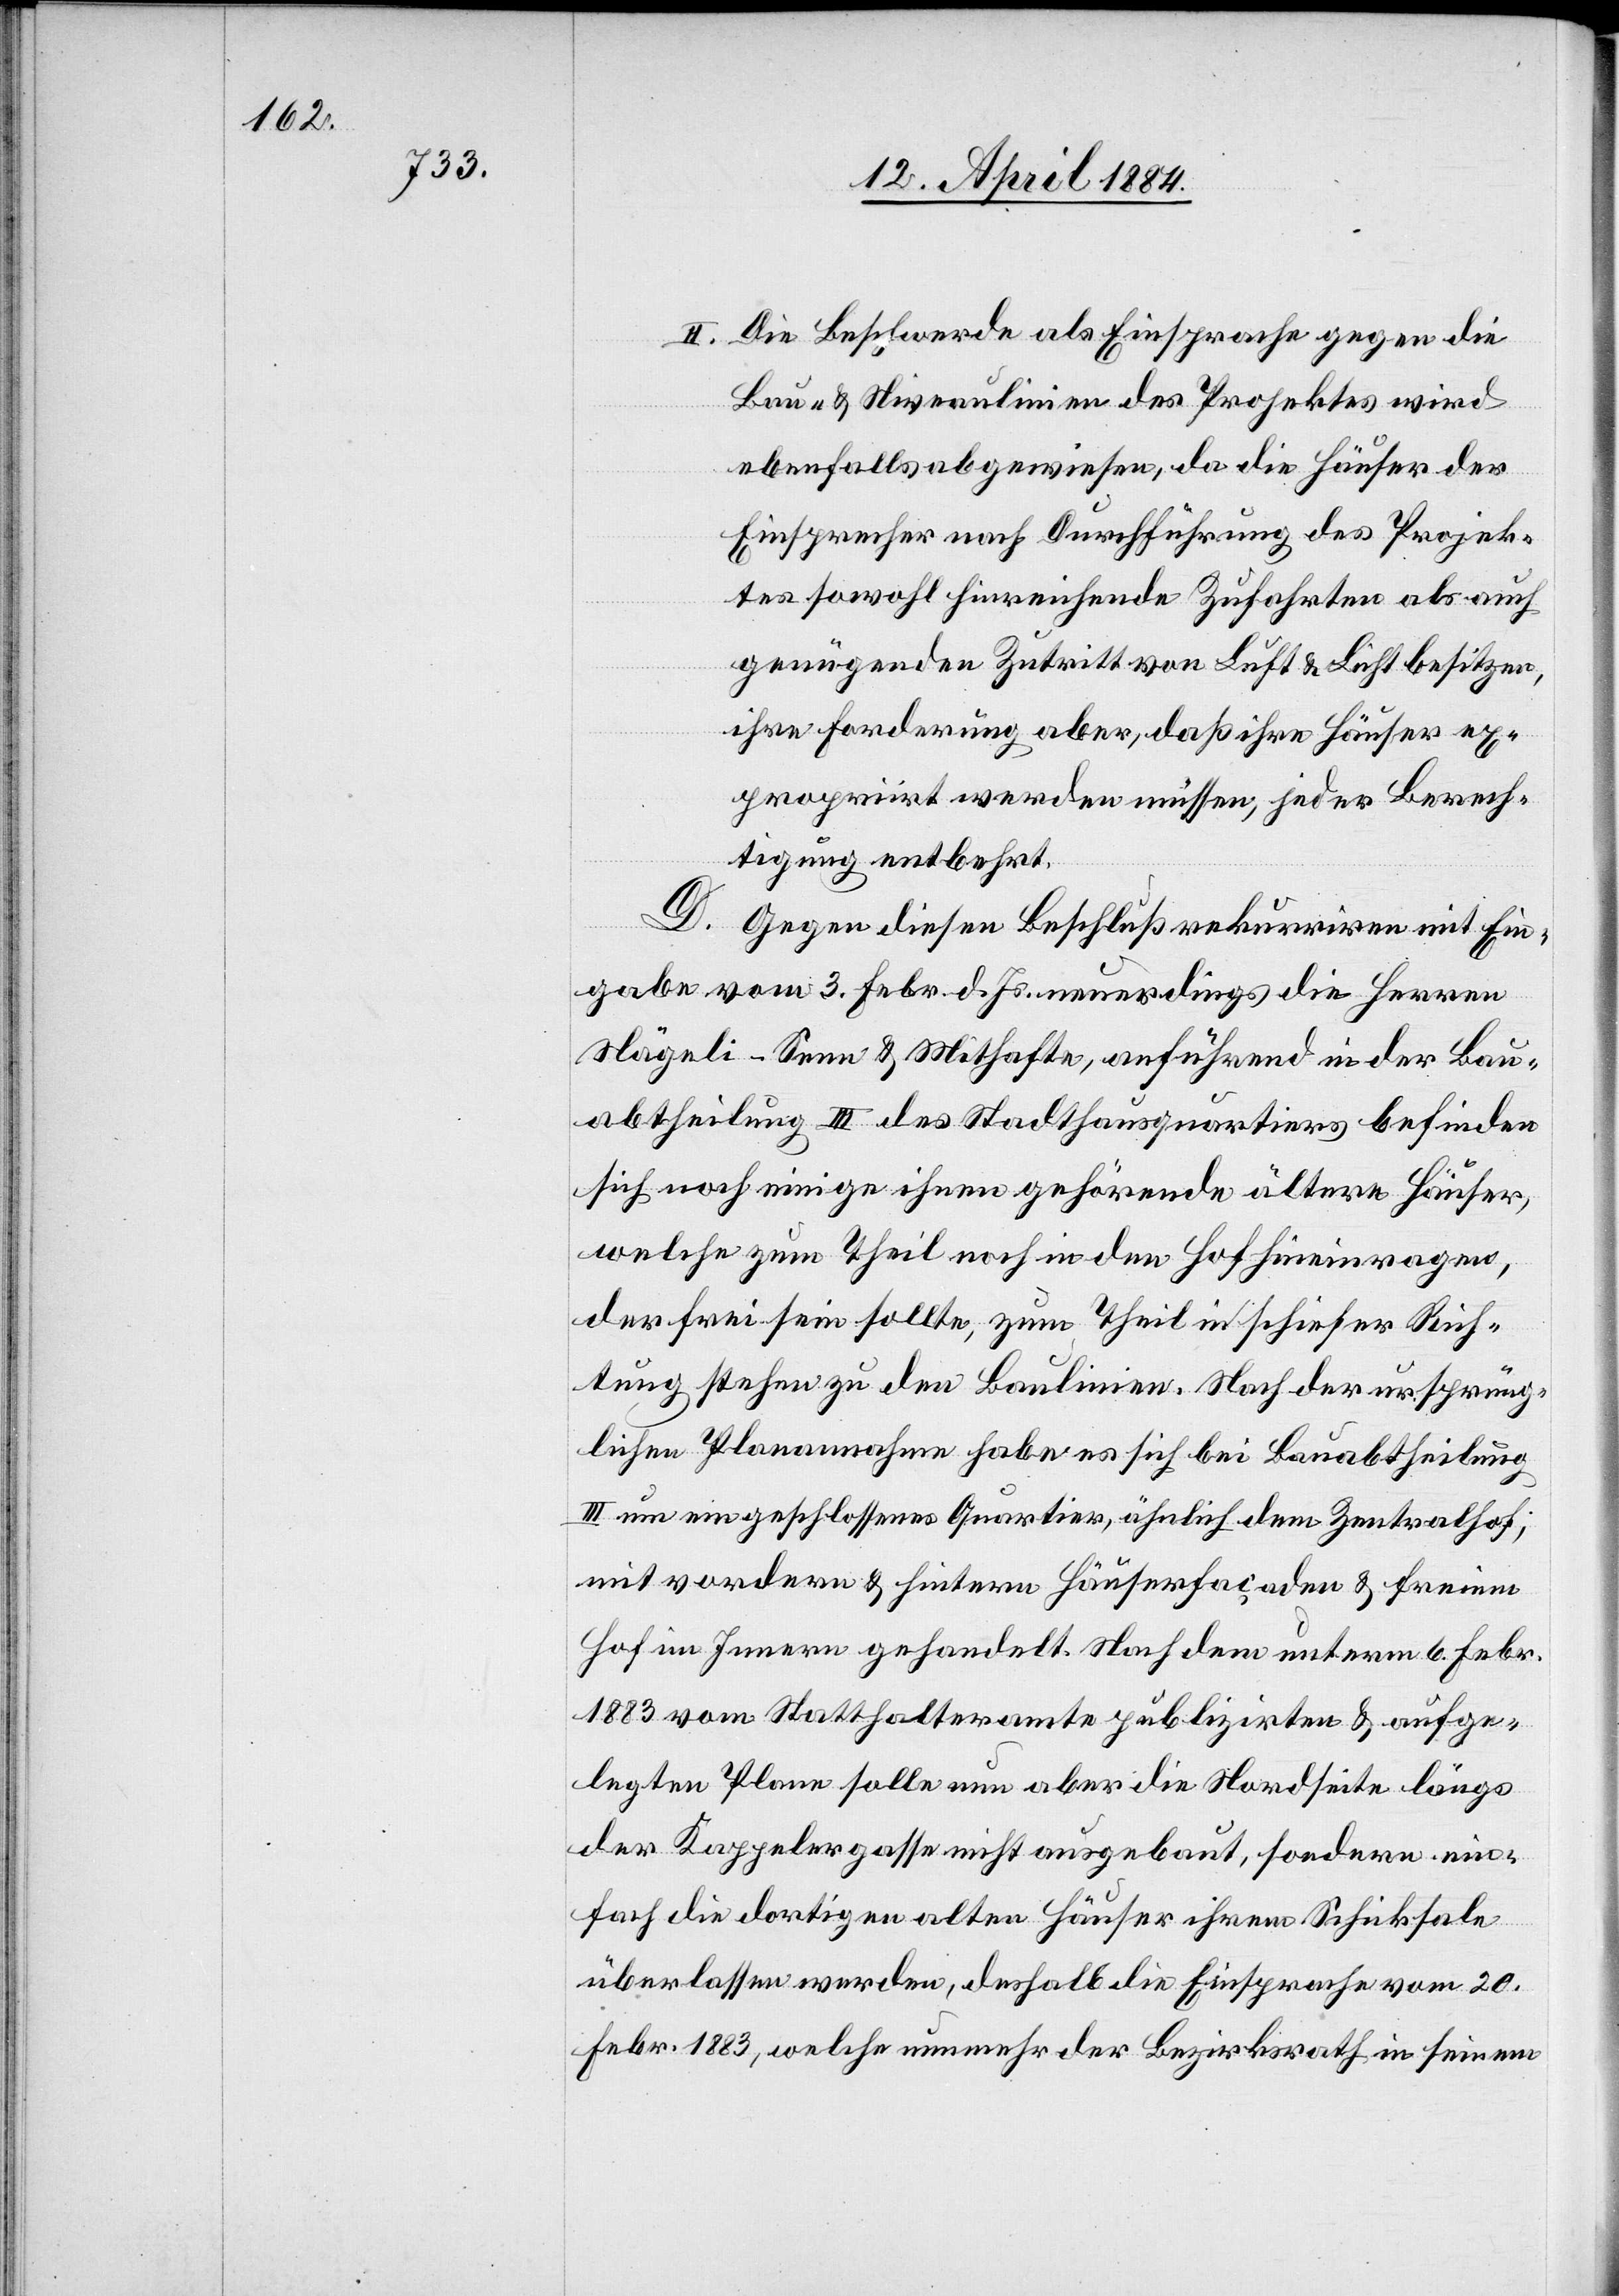
Die Beschwerde als Einsprache gegen die
II.
Bau- & Niveaulinien des Projektes wird
ebenfalls abgewiesen, da die Häuser der
Einsprecher nach Durchführung des Projek¬
tes sowohl hinreichende Zufahrten als auch
genügenden Zutritt von Luft & Licht besitzen,
ihre Forderung aber, daß ihre Häuser ex¬
propriirt werden müssen, jeder Berech¬
tigung entbehrt.
D. Gegen diesen Beschluß rekurrirten mit Ein¬
gabe vom 3. Febr. d. Js. neuerdings die Herren
Nägeli-Senn & Mithafte, anführend in der Bau¬
abtheilung III des Stadthausquartiers befinden
sich noch einige ihnen gehörende ältere Häuser,
welche zum Theil noch in den Hof hineinragen,
der frei sein sollte, zum Theil in schiefer Rich¬
tung stehen zu den Baulinien. Nach der ursprüng¬
lichen Planannahme habe es sich bei Bauabtheilung
III um ein geschlossenes Quartier, ähnlich dem Zentralhof,
mit vorderen & hinteren Häuserfaçaden & freiem
Hof im Innern gehandelt. Nach dem unterm 6. Febr.
1883 vom Statthalteramte publizirten & aufge¬
legten Plane solle nun aber die Nordseite längs
der Kappelergasse nicht ausgebaut, sondern ein¬
fach die dortigen alten Häuser ihrem Schicksale
überlassen werden, deshalb die Einsprache vom 20.
Febr. 1883, welche nunmehr der Bezirksrath in seinem